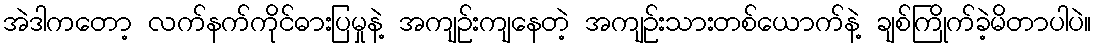
အဲဒါကတော့ လက်နက်ကိုင်ဓားပြမှုနဲ့ အကျဉ်းကျနေတဲ့ အကျဉ်းသားတစ်ယောက်နဲ့ ချစ်ကြိုက်ခဲ့မိတာပါပဲ။